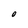
Character: O